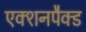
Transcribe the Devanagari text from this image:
एक्शनपैक्ड